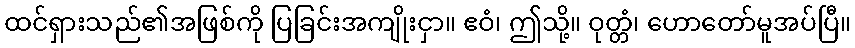
ထင်ရှားသည်၏အဖြစ်ကို ပြခြင်းအကျိုးငှာ။ ဧဝံ၊ ဤသို့။ ဝုတ္တံ၊ ဟောတော်မူအပ်ပြီ။